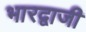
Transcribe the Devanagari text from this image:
भारद्वाजी